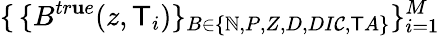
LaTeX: \{ \, \{ B^{tr\mathbf{u}e}(z,\mathsf{T}_{i})\} _{B\in\{ \mathbb{N},P,Z,D,DI\mathcal{C},\mathsf{T}A\} }\} _{i=1}^{M}